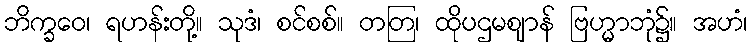
ဘိက္ခဝေ၊ ရဟန်းတို့။ သုဒံ၊ စင်စစ်။ တတြ၊ ထိုပဌမဈာန် ဗြဟ္မာဘုံ၌။ အဟံ၊